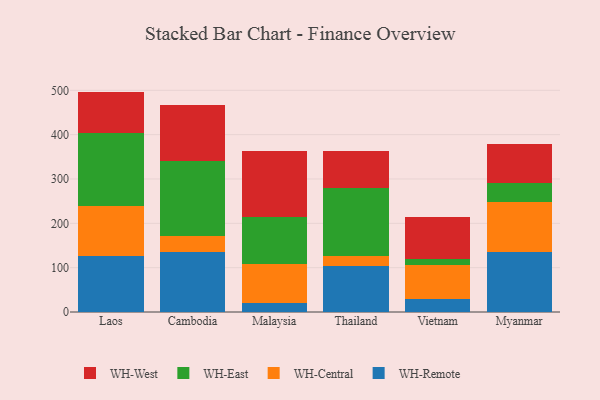
{"axis": {"x": "Country", "y": "Conversion Rate (%)"}, "legend": ["WH-Central", "WH-East", "WH-Remote", "WH-West"], "data": [{"x": "Laos", "y": 126.1, "type": "WH-Remote"}, {"x": "Laos", "y": 113.7, "type": "WH-Central"}, {"x": "Laos", "y": 163.6, "type": "WH-East"}, {"x": "Laos", "y": 93.7, "type": "WH-West"}, {"x": "Cambodia", "y": 135.8, "type": "WH-Remote"}, {"x": "Cambodia", "y": 35.7, "type": "WH-Central"}, {"x": "Cambodia", "y": 168.1, "type": "WH-East"}, {"x": "Cambodia", "y": 126.5, "type": "WH-West"}, {"x": "Malaysia", "y": 20.7, "type": "WH-Remote"}, {"x": "Malaysia", "y": 87.2, "type": "WH-Central"}, {"x": "Malaysia", "y": 107.4, "type": "WH-East"}, {"x": "Malaysia", "y": 147.9, "type": "WH-West"}, {"x": "Thailand", "y": 104.8, "type": "WH-Remote"}, {"x": "Thailand", "y": 20.4, "type": "WH-Central"}, {"x": "Thailand", "y": 153.5, "type": "WH-East"}, {"x": "Thailand", "y": 84.8, "type": "WH-West"}, {"x": "Vietnam", "y": 29.7, "type": "WH-Remote"}, {"x": "Vietnam", "y": 76.6, "type": "WH-Central"}, {"x": "Vietnam", "y": 13.0, "type": "WH-East"}, {"x": "Vietnam", "y": 94.0, "type": "WH-West"}, {"x": "Myanmar", "y": 136.4, "type": "WH-Remote"}, {"x": "Myanmar", "y": 112.0, "type": "WH-Central"}, {"x": "Myanmar", "y": 42.4, "type": "WH-East"}, {"x": "Myanmar", "y": 88.8, "type": "WH-West"}]}